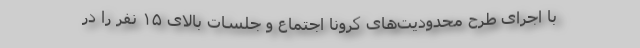
با اجرای طرح محدودیت‌های کرونا اجتماع و جلسات بالای ۱۵ نفر را در